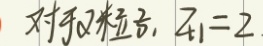
对于粒子，$Z_{1}=2$